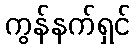
ကွန်နက်ရှင်